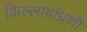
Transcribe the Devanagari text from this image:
किल्लाबांधणी